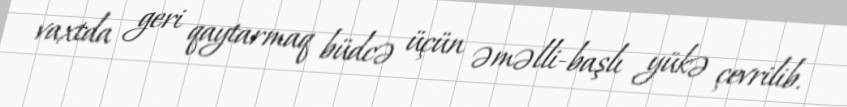
vaxtda geri qaytarmaq büdcə üçün əməlli-başlı yükə çevrilib.